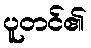
ပူတင်၏